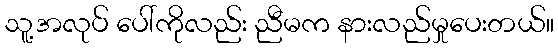
သူ့အလုပ် ပေါ်ကိုလည်း ညီမက နားလည်မှုပေးတယ်။